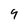
Character: 9